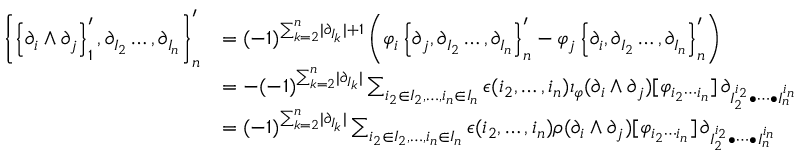
\begin{array} { r l } { \left\lbrace \left\lbrace \partial _ { i } \wedge \partial _ { j } \right\rbrace _ { 1 } ^ { \prime } , \partial _ { I _ { 2 } } \ldots , \partial _ { I _ { n } } \right\rbrace _ { n } ^ { \prime } } & { = ( - 1 ) ^ { \sum _ { k = 2 } ^ { n } \lvert \partial _ { I _ { k } } \rvert + 1 } \left( \varphi _ { i } \left\lbrace \partial _ { j } , \partial _ { I _ { 2 } } \ldots , \partial _ { I _ { n } } \right\rbrace _ { n } ^ { \prime } - \varphi _ { j } \left\lbrace \partial _ { i } , \partial _ { I _ { 2 } } \ldots , \partial _ { I _ { n } } \right\rbrace _ { n } ^ { \prime } \right) } \\ & { = - ( - 1 ) ^ { \sum _ { k = 2 } ^ { n } \lvert \partial _ { I _ { k } } \rvert } \sum _ { i _ { 2 } \in I _ { 2 } , \ldots , i _ { n } \in I _ { n } } \epsilon ( i _ { 2 } , \ldots , i _ { n } ) \iota _ { \varphi } ( \partial _ { i } \wedge \partial _ { j } ) [ \varphi _ { i _ { 2 } \cdots i _ { n } } ] \, \partial _ { I _ { 2 } ^ { i _ { 2 } } \bullet \cdots \bullet I _ { n } ^ { i _ { n } } } } \\ & { = ( - 1 ) ^ { \sum _ { k = 2 } ^ { n } \lvert \partial _ { I _ { k } } \rvert } \sum _ { i _ { 2 } \in I _ { 2 } , \ldots , i _ { n } \in I _ { n } } \epsilon ( i _ { 2 } , \ldots , i _ { n } ) \rho ( \partial _ { i } \wedge \partial _ { j } ) [ \varphi _ { i _ { 2 } \cdots i _ { n } } ] \, \partial _ { I _ { 2 } ^ { i _ { 2 } } \bullet \cdots \bullet I _ { n } ^ { i _ { n } } } } \end{array}